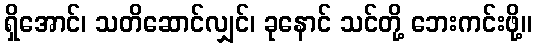
ရှိအောင်၊ သတိဆောင်လျှင်၊ ခုနောင် သင်တို့ ဘေးကင်းဖို့။